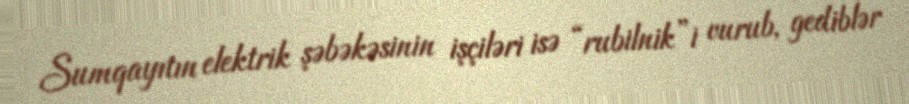
Sumqayıtın elektrik şəbəkəsinin işçiləri isə “rubilnik”i vurub, gediblər